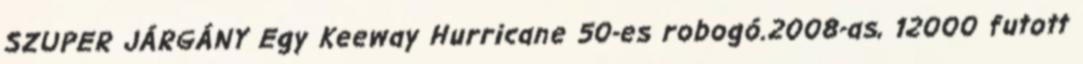
SZUPER JÁRGÁNY Egy Keeway Hurricane 50-es robogó.2008-as, 12000 futott